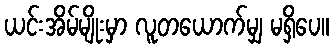
ယင်းအိမ်မျိုးမှာ လူတယောက်မျှ မရှိပေ။